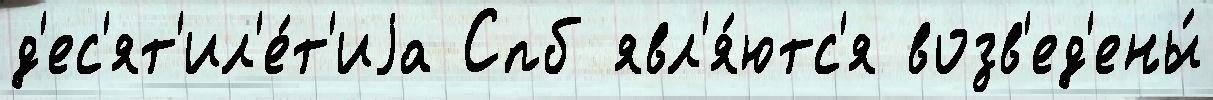
д'ес'ят'ил'е́т'иjа Спб явл'я́ютс'я возв'ед'ены́